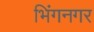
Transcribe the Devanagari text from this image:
भिंगनगर